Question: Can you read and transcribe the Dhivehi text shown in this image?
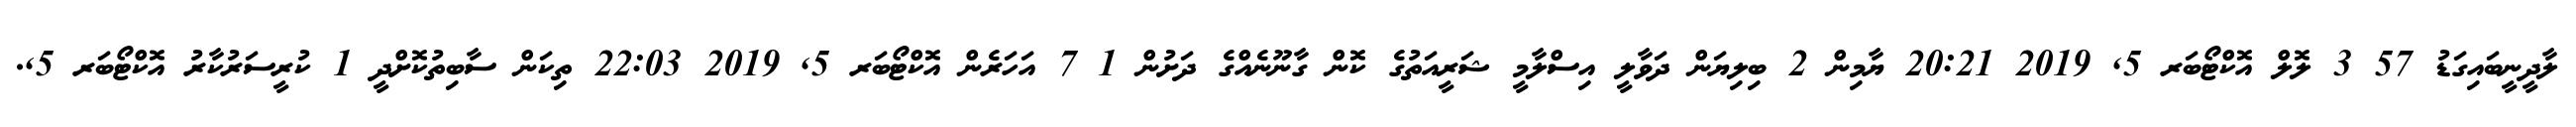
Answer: ލާދީނީބައިގަޑު 57 3 ލޮލް އޮކްޓޯބަރ 5, 2019 20:21 ޔާމިން 2 ބިލިޔަން ދަވާލީ އިސްލާމީ ޝަރީއަތުގެ ކޮން ގާނޫނެއްގެ ދަށުން 1 7 އަހަރެން އޮކްޓޯބަރ 5, 2019 22:03 ތިކަން ސާބިތުކޮށްދީ 1 ކުރީސަރުކާރު އޮކްޓޯބަރ 5,.